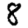
Digit: 8